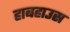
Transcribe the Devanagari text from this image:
हाबहाउस